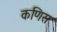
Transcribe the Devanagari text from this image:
कणिस